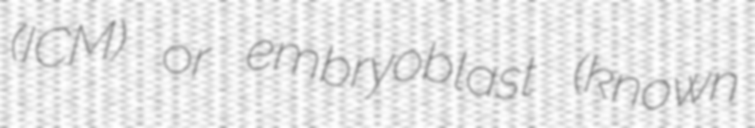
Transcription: (ICM) or embryoblast (known